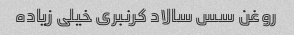
روغن سس سالاد کرنبری خیلی زیاده